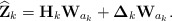
\begin{align*}\widehat{\mathbf{Z}}_{k} = \mathbf{H}_k\mathbf{W}_{a_k} + \boldsymbol{\Delta}_k\mathbf{W}_{a_k}.\end{align*}